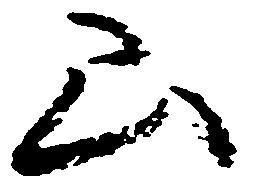
山